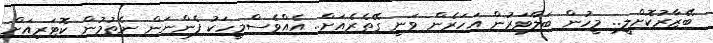
ބޭޒާރުކޮށްލީ.. މީހުން ބަލާވަރުން އަހަރެން ވަނީ ގޭތެރެއަށް.. އެއްވެސްމީހަކު ފެންނަން ނެތުމުން ކޮޓަރިއަށް